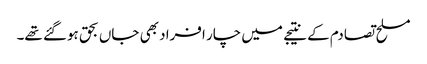
مسلح تصادم کے نتیجے میں چار افراد بھی جاں بحق ہوگئے تھے۔